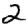
Digit: 2